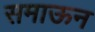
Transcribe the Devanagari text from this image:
समाऊन